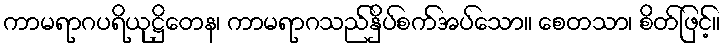
ကာမရာဂပရိယုဋ္ဌိတေန၊ ကာမရာဂသည်နှိပ်စက်အပ်သော။ စေတသာ၊ စိတ်ဖြင့်။